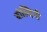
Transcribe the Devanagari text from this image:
बोल्दिनी